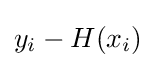
y_{i}-H(x_{i})